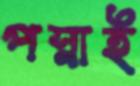
পস্নাই